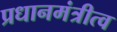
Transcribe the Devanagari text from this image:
प्रधानमंत्रीत्व